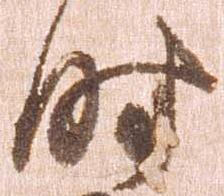
時